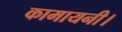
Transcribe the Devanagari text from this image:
कामायनी।